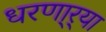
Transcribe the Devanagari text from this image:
धरणा्र्‍या